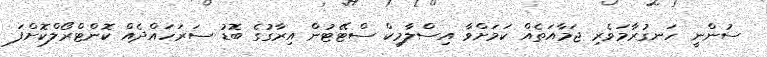
ސުންނީ ހަނގުރާމަވެރި ޖަމާއަތެއް ކަމަށްވާ އިސްލާމިކް ސްޓޭޓުން އިރާގުގެ ބޮޑު ސަރަހައްދެއް ކޮންޓްރޯލްކޮށްފަ